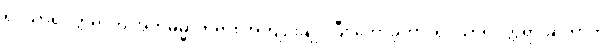
ရှင်သာရိပုတ္တရာကို အဘိဓမ္မာတရား အကျဉ်းချုပ်ပြီး ဟောခဲ့တာ၊ ရှင်သာရိပုတ္တရာ ဆိုတာက